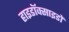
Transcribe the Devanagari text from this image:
हाइडॉक्साइडों